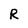
Character: R